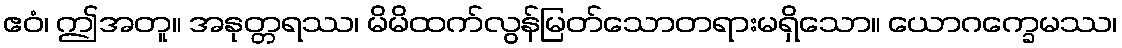
ဧဝံ၊ ဤအတူ။ အနုတ္တရဿ၊ မိမိထက်လွန်မြတ်သောတရားမရှိသော။ ယောဂက္ခေမဿ၊